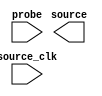
// megafunction wizard: %In-System Sources and Probes%VBB%
// GENERATION: STANDARD
// VERSION: WM1.0
// MODULE: altsource_probe 

// ============================================================
// Megafunction Name(s):
// 			altsource_probe
//
// Simulation Library Files(s):
// 			
// ============================================================
// ************************************************************
// THIS IS A WIZARD-GENERATED FILE. DO NOT EDIT THIS FILE!
//
// 16.1.0 Build 196 10/24/2016 SJ Standard Edition
// ************************************************************

//Copyright (C) 2016  Intel Corporation. All rights reserved.
//Your use of Intel Corporation's design tools, logic functions 
//and other software and tools, and its AMPP partner logic 
//functions, and any output files from any of the foregoing 
//(including device programming or simulation files), and any 
//associated documentation or information are expressly subject 
//to the terms and conditions of the Intel Program License 
//Subscription Agreement, the Intel Quartus Prime License Agreement,
//the Intel MegaCore Function License Agreement, or other 
//applicable license agreement, including, without limitation, 
//that your use is for the sole purpose of programming logic 
//devices manufactured by Intel and sold by Intel or its 
//authorized distributors.  Please refer to the applicable 
//agreement for further details.

module hps_reset (
	probe,
	source_clk,
	source);

	input	  probe;
	input	  source_clk;
	output	[2:0]  source;

endmodule

// ============================================================
// CNX file retrieval info
// ============================================================
// Retrieval info: PRIVATE: INTENDED_DEVICE_FAMILY STRING "Cyclone V"
// Retrieval info: LIBRARY: altera_mf altera_mf.altera_mf_components.all
// Retrieval info: CONSTANT: ENABLE_METASTABILITY STRING "YES"
// Retrieval info: CONSTANT: INSTANCE_ID STRING "RST"
// Retrieval info: CONSTANT: PROBE_WIDTH NUMERIC "0"
// Retrieval info: CONSTANT: SLD_AUTO_INSTANCE_INDEX STRING "YES"
// Retrieval info: CONSTANT: SLD_INSTANCE_INDEX NUMERIC "0"
// Retrieval info: CONSTANT: SOURCE_INITIAL_VALUE STRING " 0"
// Retrieval info: CONSTANT: SOURCE_WIDTH NUMERIC "3"
// Retrieval info: USED_PORT: probe 0 0 0 0 INPUT NODEFVAL "probe"
// Retrieval info: USED_PORT: source 0 0 3 0 OUTPUT NODEFVAL "source[2..0]"
// Retrieval info: USED_PORT: source_clk 0 0 0 0 INPUT NODEFVAL "source_clk"
// Retrieval info: CONNECT: @probe 0 0 0 0 probe 0 0 0 0
// Retrieval info: CONNECT: @source_clk 0 0 0 0 source_clk 0 0 0 0
// Retrieval info: CONNECT: source 0 0 3 0 @source 0 0 3 0
// Retrieval info: GEN_FILE: TYPE_NORMAL hps_reset.v TRUE
// Retrieval info: GEN_FILE: TYPE_NORMAL hps_reset.inc FALSE
// Retrieval info: GEN_FILE: TYPE_NORMAL hps_reset.cmp FALSE
// Retrieval info: GEN_FILE: TYPE_NORMAL hps_reset.bsf FALSE
// Retrieval info: GEN_FILE: TYPE_NORMAL hps_reset_inst.v FALSE
// Retrieval info: GEN_FILE: TYPE_NORMAL hps_reset_bb.v TRUE